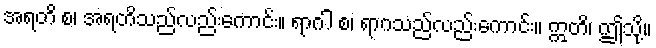
အရတိ စ၊ အရတိသည်လည်းကောင်း။ ရာဂါ စ၊ ရာဂသည်လည်းကောင်း။ ဣတိ၊ ဤသို့။